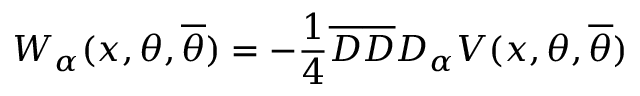
W _ { \alpha } ( x , \theta , { \overline { { \theta } } } ) = - \frac { 1 } { 4 } { \overline { { D } } } { \overline { { D } } } D _ { \alpha } V ( x , \theta , { \overline { { \theta } } } )